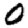
Digit: 0